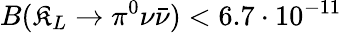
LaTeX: B(\mathfrak{K}_{L}\to\pi^{0}\nu\bar{{\nu}})<6.7\cdot10^{-11}